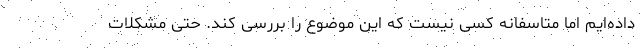
داده‌ایم اما متاسفانه کسی نیست که این موضوع را بررسی کند. حتی مشکلات